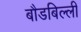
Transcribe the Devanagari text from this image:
बौडबिल्ली